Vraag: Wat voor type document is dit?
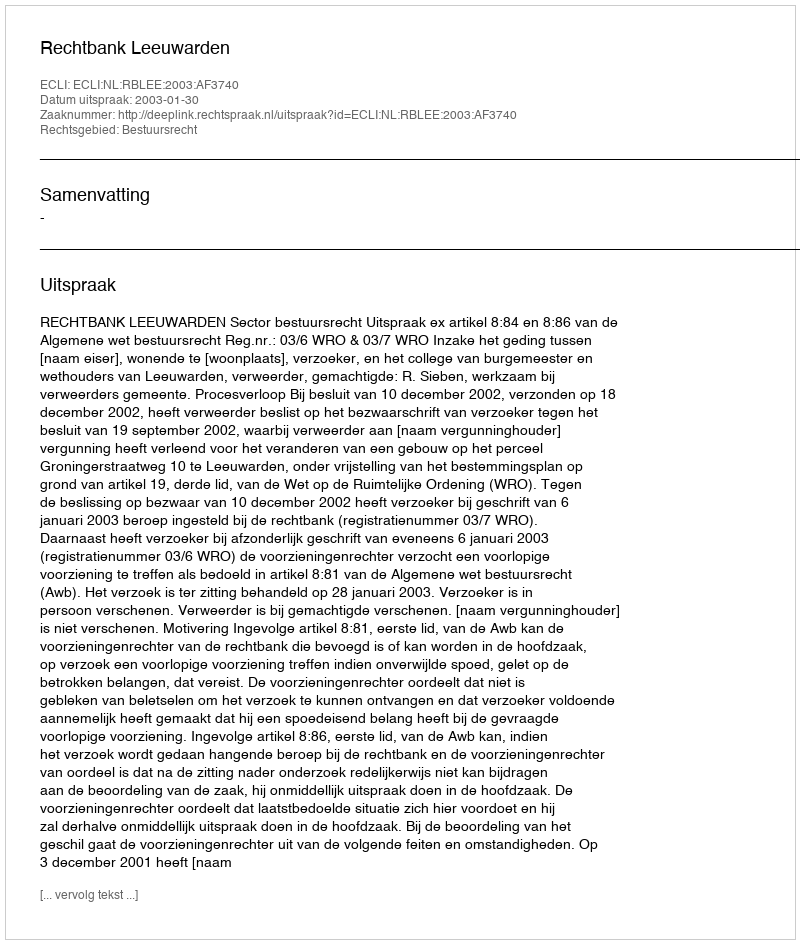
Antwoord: Uitspraak